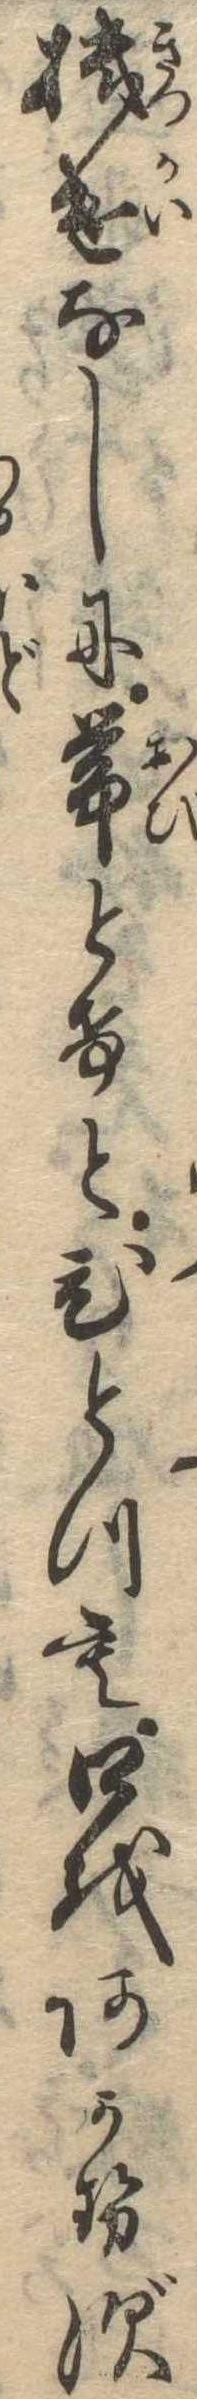
機遣なしに帯とけとひとつも口をあかせず